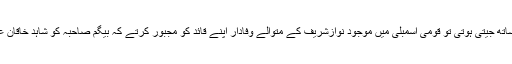
انہوں نے یہ نشست 25سے30ہزار ووٹوں کی برتری کے ساتھ جیتی ہوتی تو قومی اسمبلی میں موجود نوازشریف کے متوالے وفادار اپنے قائد کو مجبور کرتے کہ بیگم صاحبہ کو شاہد خاقان عباسی کی جگہ وزارتِ عظمیٰ کے منصب پر بٹھا دیا جائے۔